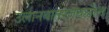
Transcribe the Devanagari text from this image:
उलानबातरजवळील